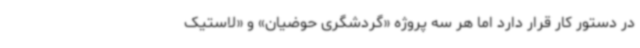
در دستور کار قرار دارد اما هر سه پروژه «گردشگری حوضیان» و «لاستیک